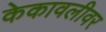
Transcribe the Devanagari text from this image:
केकावलीवर